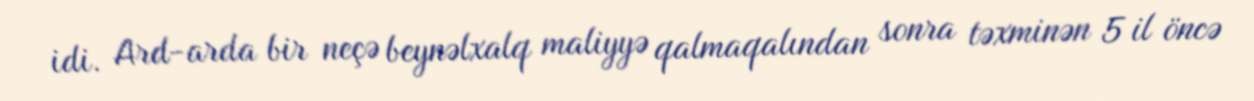
idi. Ard-arda bir neçə beynəlxalq maliyyə qalmaqalından sonra təxminən 5 il öncə